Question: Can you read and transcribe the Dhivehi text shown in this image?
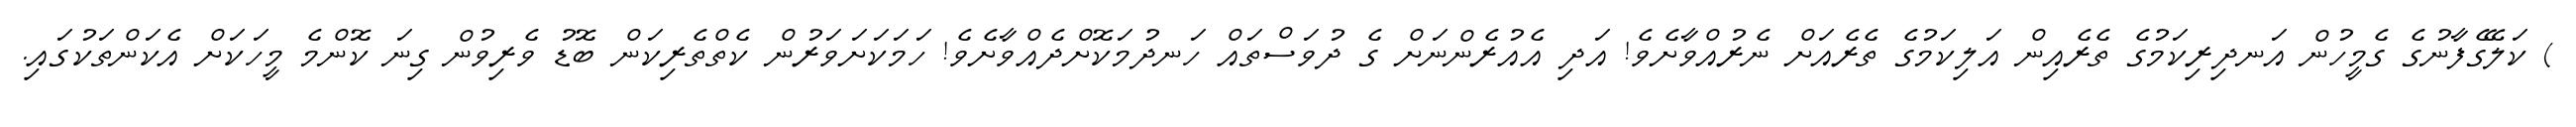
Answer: ) ކަލޭގެފާނުގެ ގެމީހުން އަނދިރިކަމުގެ ތެރެއިން އަލިކަމުގެ ތެރެއަށް ނެރުއްވާށެވެ! އަދި އެއުރެންނަށް ގެ ދުވަސްތައް ހަނދުމަކޮށްދެއްވާށެވެ! ހަމަކަށަވަރުން ކެތްތެރިކަން ބޮޑު ވެރިވުން ގިނަ ކޮންމެ މީހަކަށް އެކަންތަކުގައި.